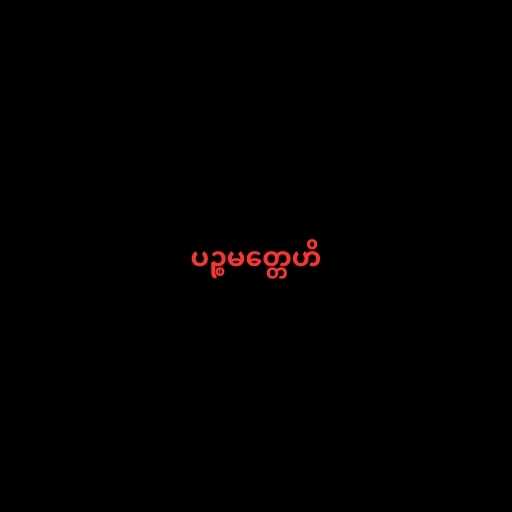
ပဉ္စမတ္တေဟိ